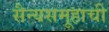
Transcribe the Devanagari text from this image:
सैन्यसमूहाची